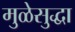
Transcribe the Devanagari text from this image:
मुळेसुद्धा